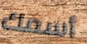
أسمك